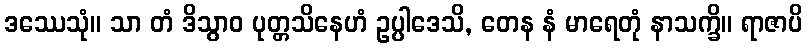
ဒဿေသုံ။ သာ တံ ဒိသွာဝ ပုတ္တသိနေဟံ ဥပ္ပါဒေသိ, တေန နံ မာရေတုံ နာသက္ခိ။ ရာဇာပိ